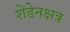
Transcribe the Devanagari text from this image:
शेंडेनक्षत्र